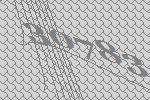
30783